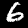
Label: 6